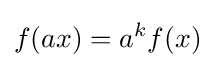
f(ax)=a^{k}f(x)